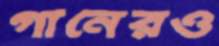
গানেরও